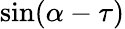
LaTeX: \sin(\alpha-\tau)